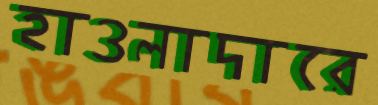
হাওলাদারে